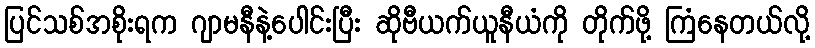
ပြင်သစ်အစိုးရက ဂျာမနီနဲ့ပေါင်းပြီး ဆိုဗီယက်ယူနီယံကို တိုက်ဖို့ ကြံနေတယ်လို့